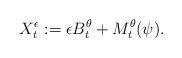
LaTeX: \begin{align*}X^{\epsilon}_t:=\epsilon B^{\theta}_t+M^\theta_t (\psi).\end{align*}